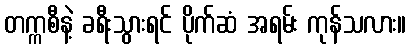
တက္ကစီနဲ့ ခရီးသွားရင် ပိုက်ဆံ အရမ်း ကုန်သလား။